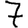
Digit: 7